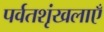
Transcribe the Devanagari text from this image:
पर्वतशृंखलाएँ